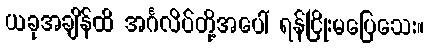
ယခုအချိန်ထိ အင်္ဂလိပ်တို့အပေါ် ရန်ငြိုးမပြေသေး။